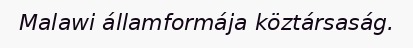
Malawi államformája köztársaság.